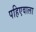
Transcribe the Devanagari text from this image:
पहिएवाला